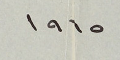
١٩٦٥